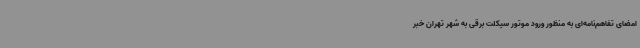
امضای تفاهم‌نامه‌ای به منظور ورود موتور سیکلت برقی به شهر تهران خبر